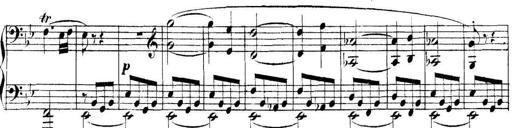
Title: Collected Piano Sonatas
Composer: Muzio Clementi